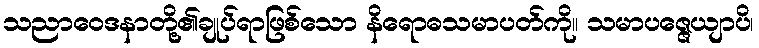
သညာဝေဒနာတို့၏ချုပ်ရာဖြစ်သော နိရောဓသမာပတ်ကို။ သမာပဇ္ဇေယျာပိ၊